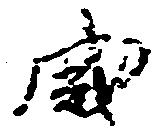
盛